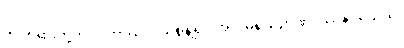
ဤတရားတို့ကို။ ပဟာယ၊ ပယ်စွန့်၍။ အလမရိယဉာဏဒဿနဝိသေသံ၊